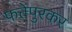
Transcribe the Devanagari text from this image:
फत्तेपुरकर